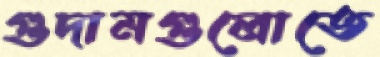
গুদামগুলোতে